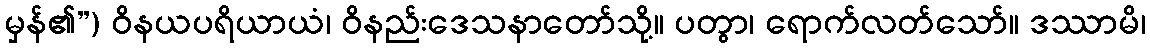
မှန်၏”) ဝိနယပရိယာယံ၊ ဝိနည်းဒေသနာတော်သို့။ ပတွာ၊ ရောက်လတ်သော်။ ဒဿာမိ၊